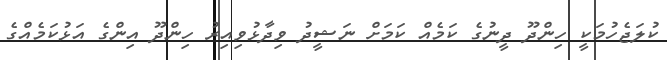
ކުލަޖެހުމަކީ ހިންދޫ ދީނުގެ ކަމެއް ކަމަށް ނަޝީދު ވިދާޅުވިއިރު ހިންދޫ އިންގެ އަޅުކަމެއްގެ